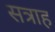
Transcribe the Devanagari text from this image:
सत्राह